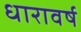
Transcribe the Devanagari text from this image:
धारावर्ष